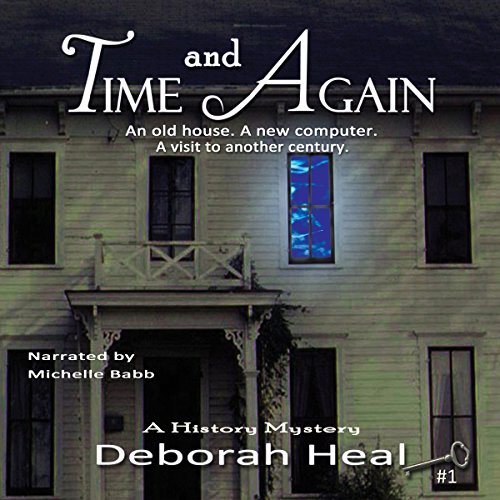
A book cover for Time and Again: Book 1 in the History Mystery Series; Deborah Heal; Science Fiction & Fantasy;